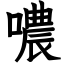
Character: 噥